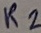
Text: R2